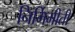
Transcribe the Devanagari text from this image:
निर्मिमीती